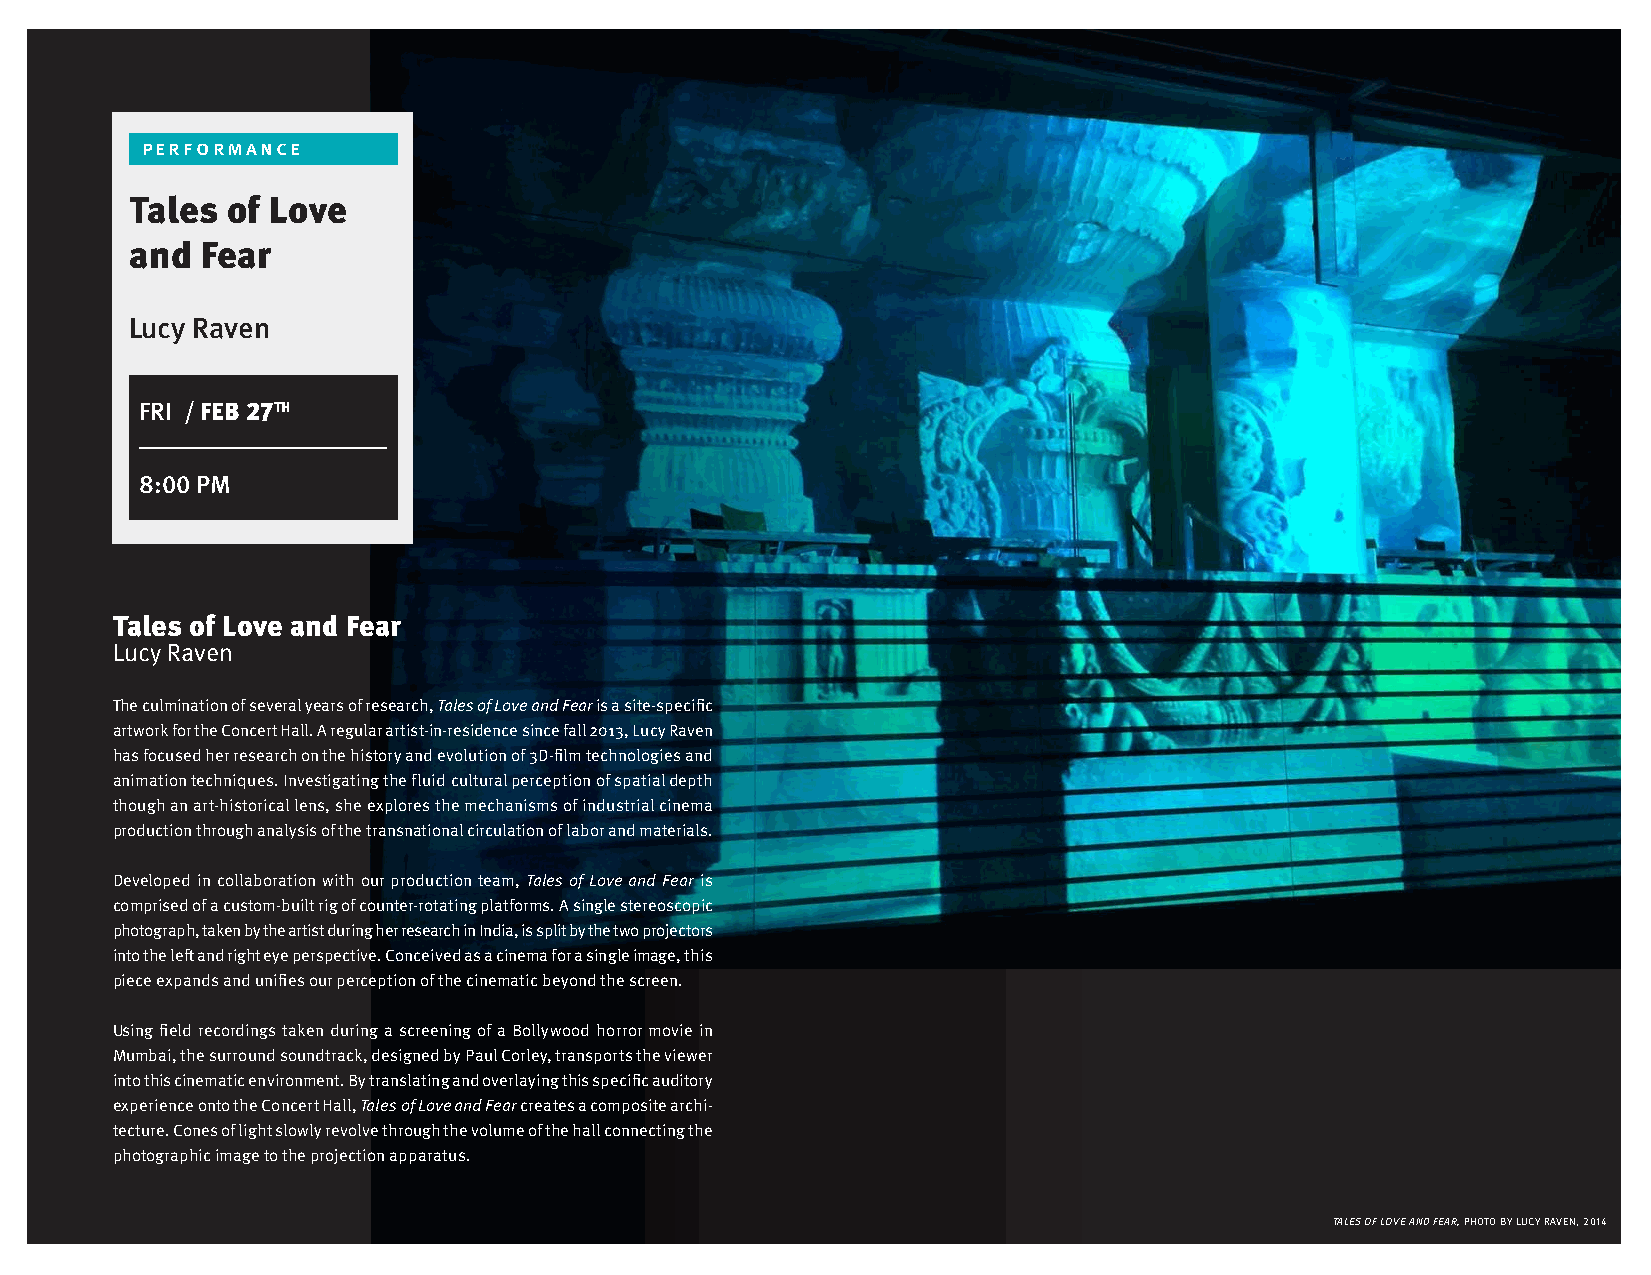
performance
 Tales of Love
 and Fear
 Lucy Raven
 FRI / FEB 27TH
 8:00 PM
 Tales of Love and Fear
 Lucy Raven
 The culmination of several years of research, Tales of Love and Fear is a site-specific
 artwork for the Concert Hall. A regular artist-in-residence since fall 2013, Lucy Raven
 has focused her research on the history and evolution of 3D-film technologies and
 animation techniques. Investigating the fluid cultural perception of spatial depth
 though an art-historical lens, she explores the mechanisms of industrial cinema
 production through analysis of the transnational circulation of labor and materials.
 Developed in collaboration with our production team, Tales of Love and Fear is
 comprised of a custom-built rig of counter-rotating platforms. A single stereoscopic
 photograph, taken by the artist during her research in India, is split by the two projectors
 into the left and right eye perspective. Conceived as a cinema for a single image, this
 piece expands and unifies our perception of the cinematic beyond the screen.
 Using field recordings taken during a screening of a Bollywood horror movie in
 Mumbai, the surround soundtrack, designed by Paul Corley, transports the viewer
 into this cinematic environment. By translating and overlaying this specific auditory
 experience onto the Concert Hall, Tales of Love and Fear creates a composite archi-
 tecture. Cones of light slowly revolve through the volume of the hall connecting the
 photographic image to the projection apparatus.
 TALES OF LOVE AND FEAR, PHOTO BY LUCY RAVEN, 2014